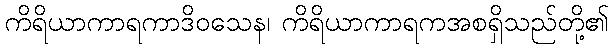
ကိရိယာကာရကာဒိဝသေန၊ ကိရိယာကာရကအစရှိသည်တို့၏